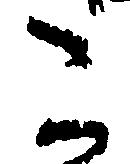
た